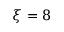
\xi = 8